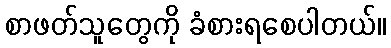
စာဖတ်သူတွေကို ခံစားရစေပါတယ်။